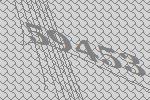
59453